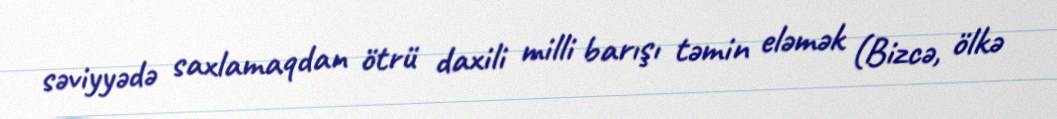
səviyyədə saxlamaqdan ötrü daxili milli barışı təmin eləmək (Bizcə, ölkə